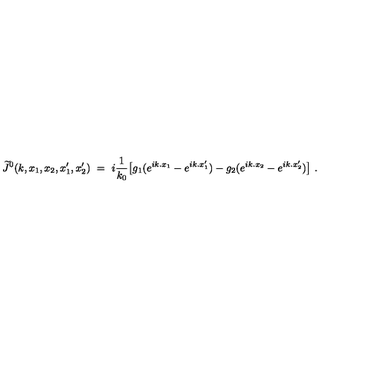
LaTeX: \widetilde J ^ { 0 } ( k , x _ { 1 } , x _ { 2 } , x _ { 1 } ^ { \prime } , x _ { 2 } ^ { \prime } ) \ = \ i \frac { 1 } { k _ { 0 } } \big [ g _ { 1 } ( e ^ { i k . x _ { 1 } } - e ^ { i k . x _ { 1 } ^ { \prime } } ) - g _ { 2 } ( e ^ { i k . x _ { 2 } } - e ^ { i k . x _ { 2 } ^ { \prime } } ) \big ] \ .